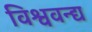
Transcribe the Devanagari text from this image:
विश्ववन्द्य